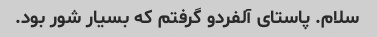
سلام. پاستای آلفردو گرفتم که بسیار شور بود.